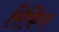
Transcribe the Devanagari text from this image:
रिफिंग